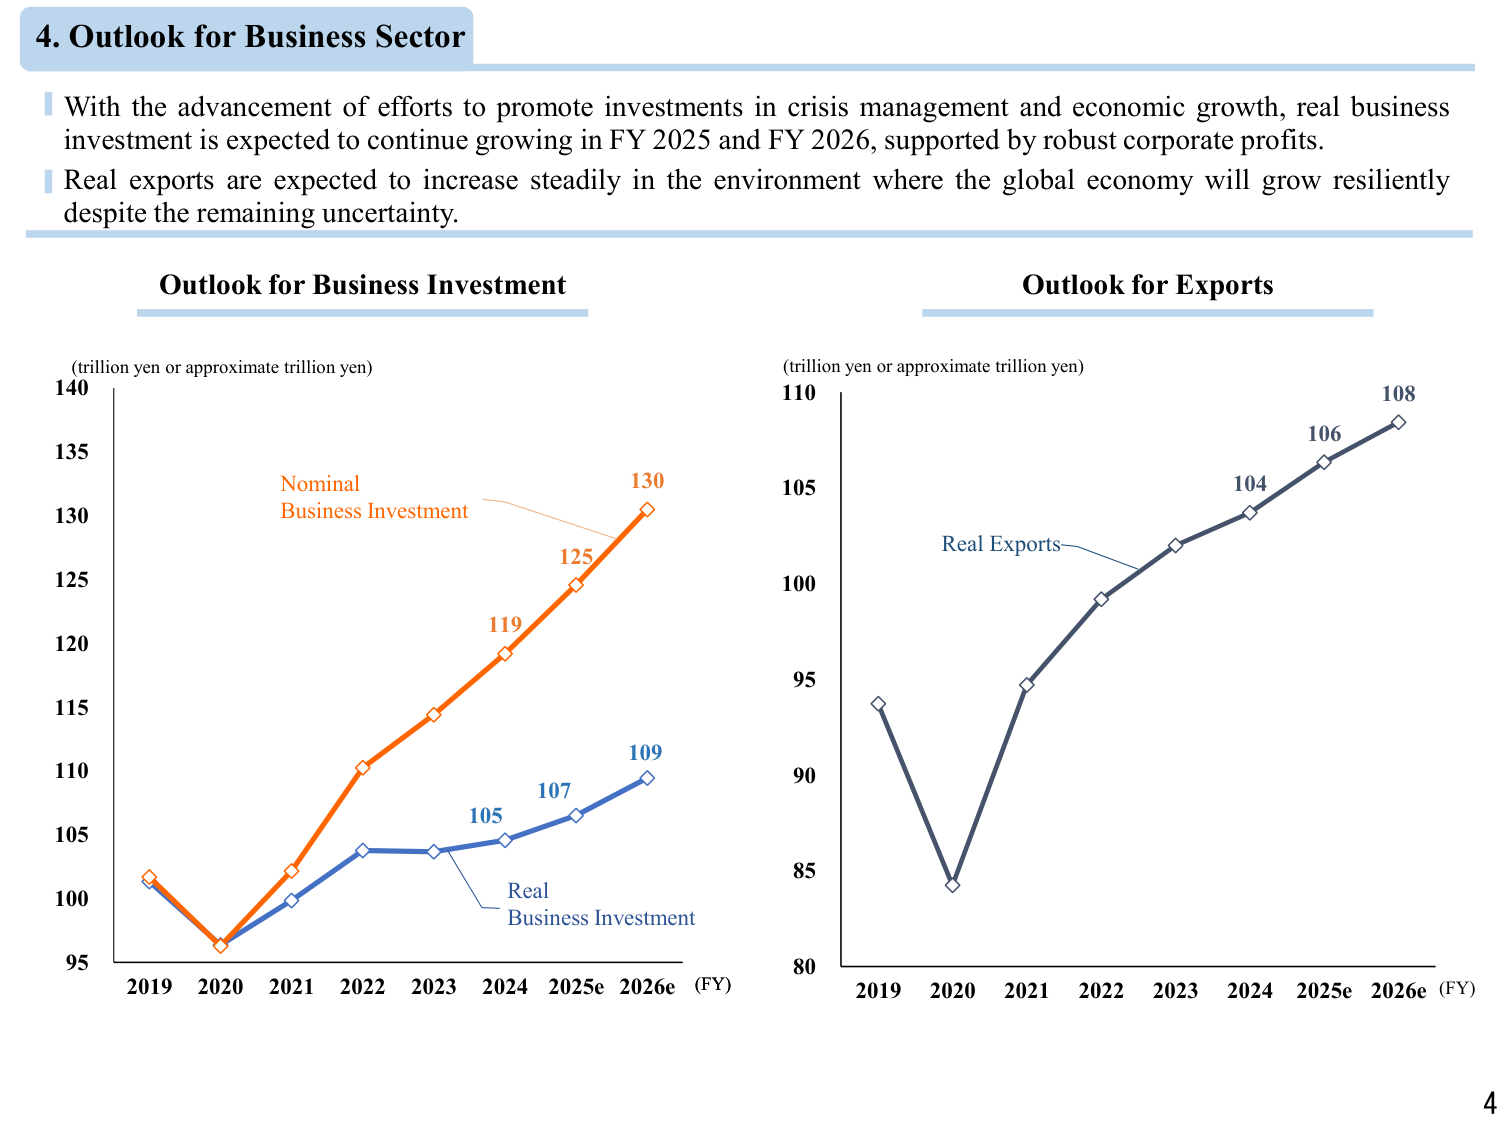
4. Outlook for Business Sector

With the advancement of efforts to promote investments in crisis management and economic growth, real business investment is expected to continue growing in FY 2025 and FY 2026, supported by robust corporate profits.
Real exports are expected to increase steadily in the environment where the global economy will grow resiliently despite the remaining uncertainty.

Outlook for Business Investment
(trillion yen or approximate trillion yen)
Nominal Business Investment
Real Business Investment
140
135
130
125
120
115
110
105
100
95
2019 2020 2021 2022 2023 2024 2025e 2026e (FY)
100
101
103
105
107
109
102
104
106
108
119
125
130

Outlook for Exports
(trillion yen or approximate trillion yen)
Real Exports
110
105
100
95
90
85
80
2019 2020 2021 2022 2023 2024 2025e 2026e (FY)
108
106
104
102
100
98
96
94
92
90
88
86
84
82
80

4